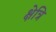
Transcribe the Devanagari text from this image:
क्षेत्रि